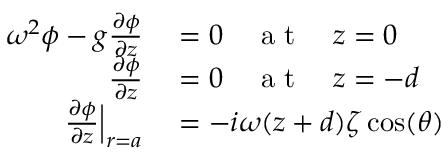
\begin{array} { r l } { \omega ^ { 2 } \phi - g \frac { \partial \phi } { \partial z } } & { { } = 0 \quad \mathrm { ~ a ~ t ~ } \quad z = 0 } \\ { \frac { \partial \phi } { \partial z } } & { { } = 0 \quad \mathrm { ~ a ~ t ~ } \quad z = - d } \\ { \frac { \partial \phi } { \partial z } \Bigr | _ { r = a } } & { { } = - i \omega ( z + d ) \zeta \cos ( \theta ) } \end{array}